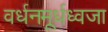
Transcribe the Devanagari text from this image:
वर्धनमूर्धध्वजा